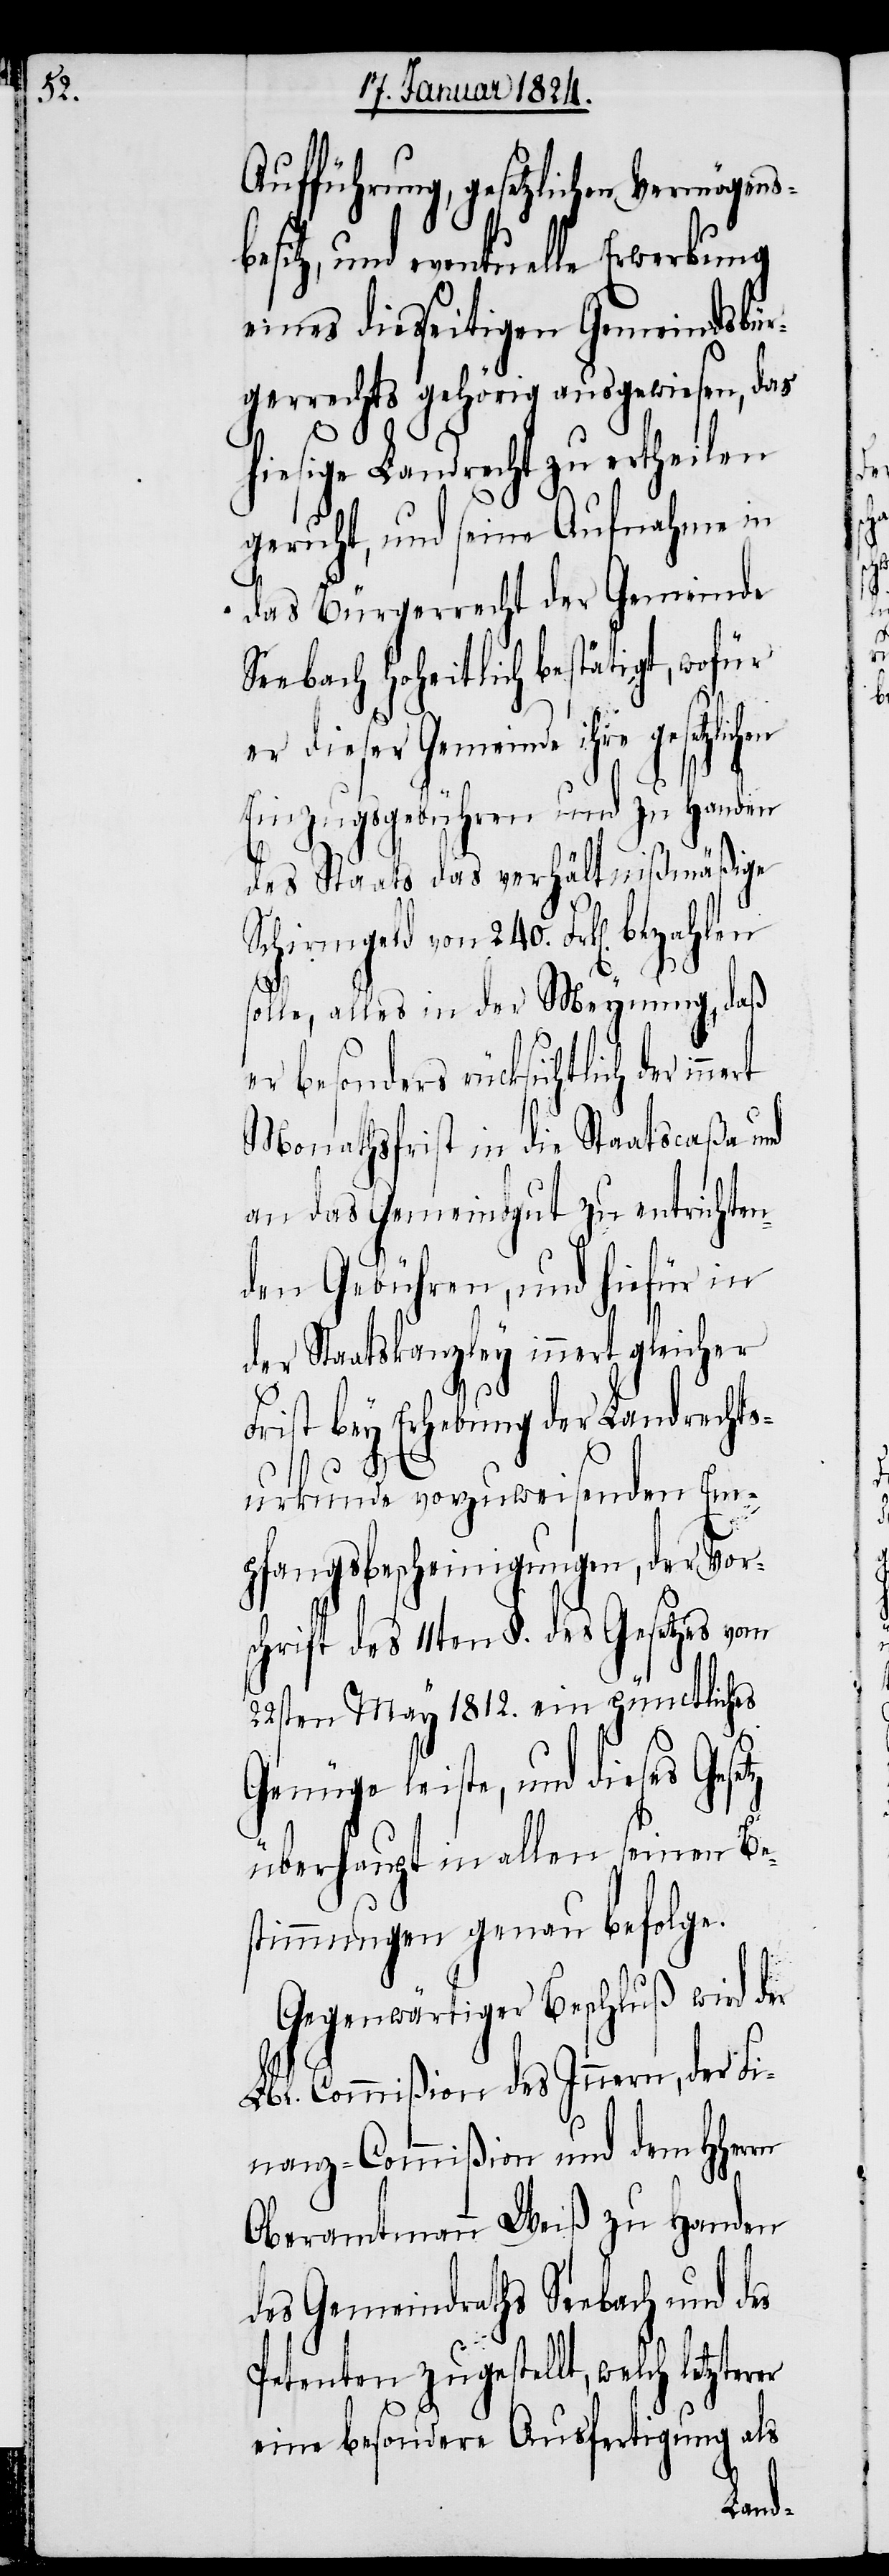
rn

Aufführung, gesetzlichen Vermögensb¬
esitz, und eventuelle Erwerbung
eines diesseitigen Gemeindsbür¬
gerrechts gehörig ausgewiesen, das
chen
hiesige Landrecht zu ertheilen
geruht, und seine Aufnahme in
das Bürgerrecht der Gemeinde
Seebach hoheitlich bestätigt, wofür
er dieser Gemeinde ihre gesetzli¬
Einzugsgebühren und zu Handen
des Staats das verhältnißmäßige
Schirmgeld von 240. Frk[en]. bezahlen
solle, alles in der Meynung, daß
er besonders rücksichtlich
Monathsfrist in die Staatscaßa und
an das Gemeindgut zu entrichten¬
den Gebühren, und hiefür in
der Staatskanzley innert gleicher
Frist bey Erhebung der Landrechts¬
urkunde vorzuweisenden Em¬
pfangsbescheinigungen, der Vor¬
schrift des 11ten §. des Gesetzes vom
22sten May 1812. ein pünctliches
Genüge leiste, und dieses Ges¬
überhaupt in allen seinen Be¬
stimmungen genau befolge.
Gegenwärtiger Beschluß wird der
Lbl. Commißion des Innern, der Fi¬
nanz-Commißion und dem HHer¬
Oberamtmann Weiß zu Handen
des Gemeindraths Seebach und des
Petenten zugestellt, welch letzterer
etz
eine besondere Ausfertigung als